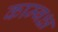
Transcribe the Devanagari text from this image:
काम्बक्ष